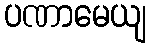
ပဏာမေယျ